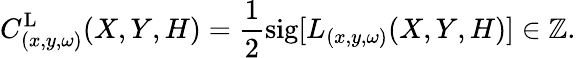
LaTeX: C_{(x,y,\omega)}^{\textrm{L}}(X,Y,H)=\frac{1}{2}\textrm{sig}[L_{(x,y,\omega)}(X,Y,H)]\in\mathbb{Z}.